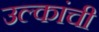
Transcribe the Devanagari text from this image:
उल्कांची